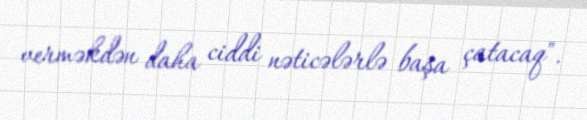
verməkdən daha ciddi nəticələrlə başa çatacaq".